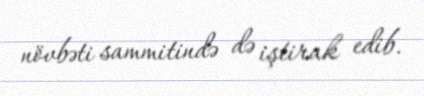
növbəti sammitində də iştirak edib.